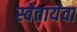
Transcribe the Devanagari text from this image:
स्वेतायेवा